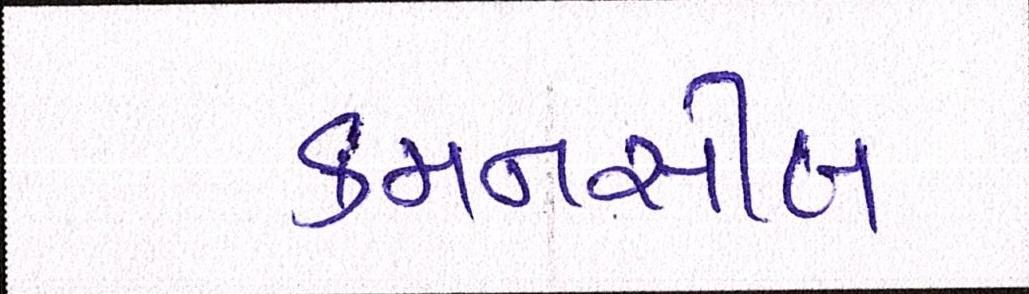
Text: કમનસીબ